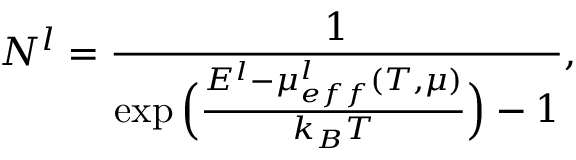
N _ { } ^ { l } = \frac { 1 } { \exp \Big ( \frac { E ^ { l } - \mu _ { e f f } ^ { l } ( T , \mu ) } { k _ { B } T } \Big ) - 1 } ,